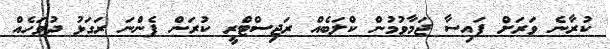
ކުރާނެ ވަރަށް ފައިސާ ޖަމާވުމުން ކްލަބެއް ރަޖިސްޓްރީ ކުރަން ފެންނަ ރަގަޅު ދުވަހެއް